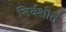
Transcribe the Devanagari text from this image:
निर्वशीत